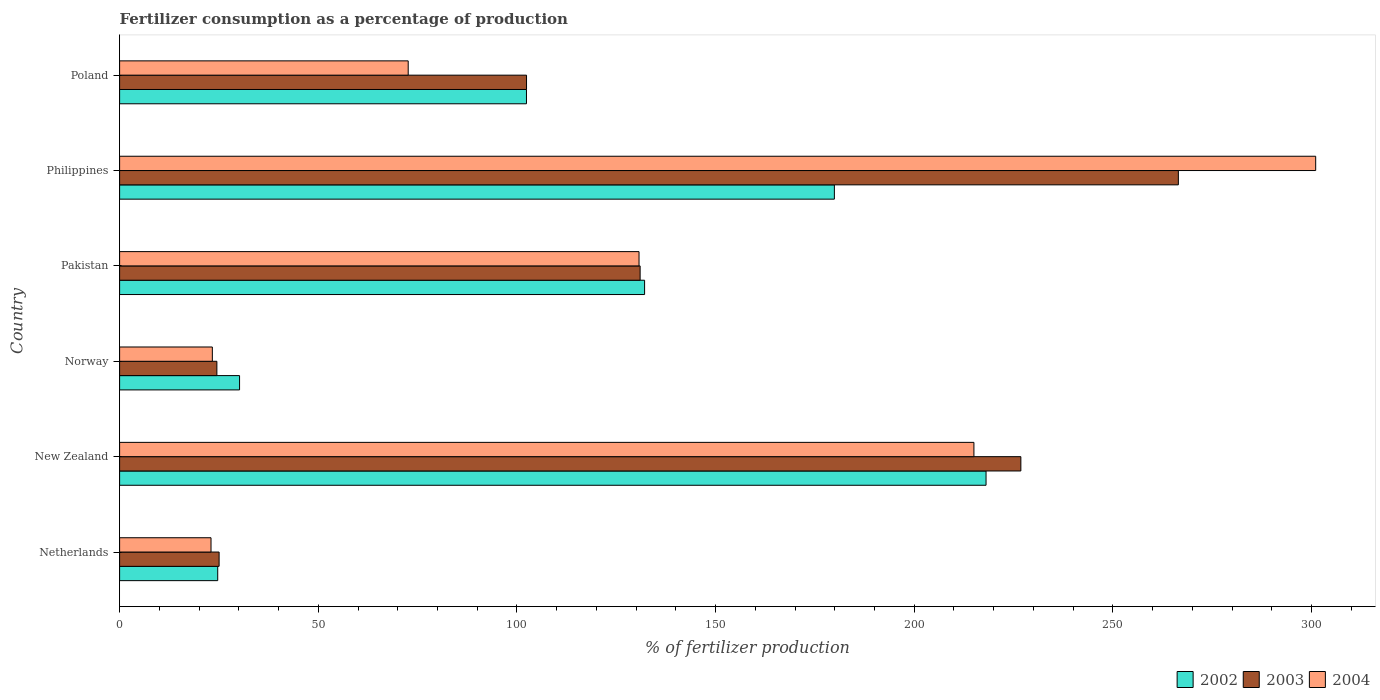
| Country | 2002 | 2003 | 2004 |
 | --- | --- | --- | --- |
 | Netherlands | 24.7 | 25 | 23 |
 | New Zealand | 218 | 227 | 215 |
 | Norway | 30.2 | 24.5 | 23.3 |
 | Pakistan | 132 | 131 | 131 |
 | Philippines | 180 | 266 | 301 |
 | Poland | 102 | 102 | 72.6 |